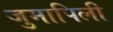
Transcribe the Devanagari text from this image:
जुमापिली